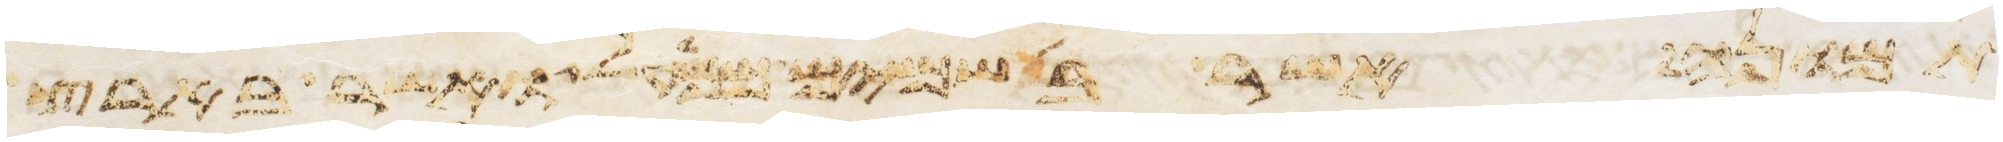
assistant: תמונה אשר בשמים ממעל ואשר בארץ